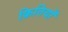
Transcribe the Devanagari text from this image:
क्रितियाँ